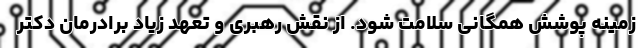
زمینه پوشش همگانی سلامت شود. از نقش رهبری و تعهد زیاد برادرمان دکتر